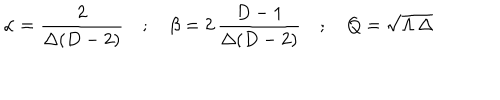
LaTeX: \alpha = \frac { 2 } { \Delta ( D - 2 ) } \quad ; \quad \beta = 2 \, \frac { D - 1 } { \Delta ( D - 2 ) } \quad ; \quad Q = \sqrt { \Lambda \, \Delta }